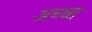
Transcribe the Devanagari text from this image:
अच्‍चा